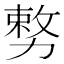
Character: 𭄺